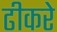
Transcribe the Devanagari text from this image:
ढीकरे